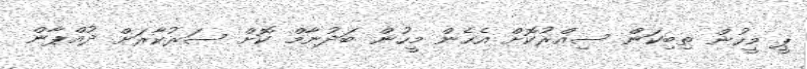
ޕީ މީހުން ތިބިކަން ސިއްރުކޮށް އެހެން މީހުން ބަދުނާމް ކޮށް ސަރުކާރަށް ދުއްޕާން